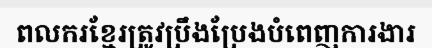
ពលករខ្មែរត្រូវប្រឹងប្រែងបំពេញការងារ